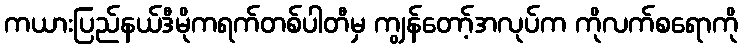
ကယားပြည်နယ်ဒီမိုကရက်တစ်ပါတီမှ ကျွန်တော့်အလုပ်က ကိုလက်စရောကို